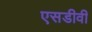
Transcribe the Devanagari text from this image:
एसडीवी